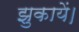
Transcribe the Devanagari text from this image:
झुकायें।